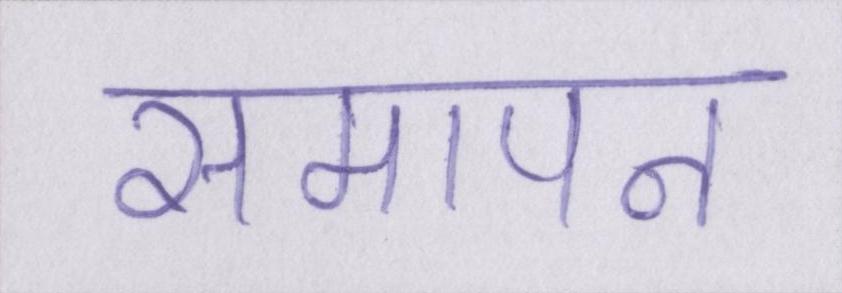
समापन